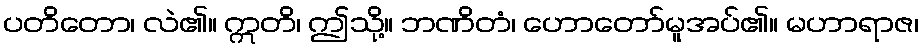
ပတိတော၊ လဲ၏။ ဣတိ၊ ဤသို့။ ဘဏိတံ၊ ဟောတော်မူအပ်၏။ မဟာရာဇ၊